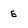
Character: E